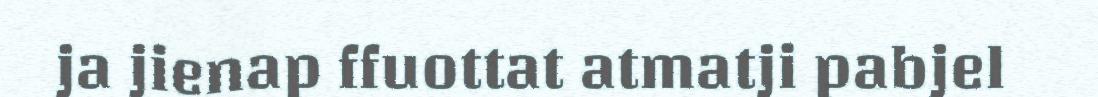
ja jienap ffuottat atmatji pabjel